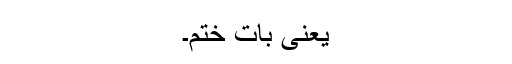
یعنی بات ختم۔